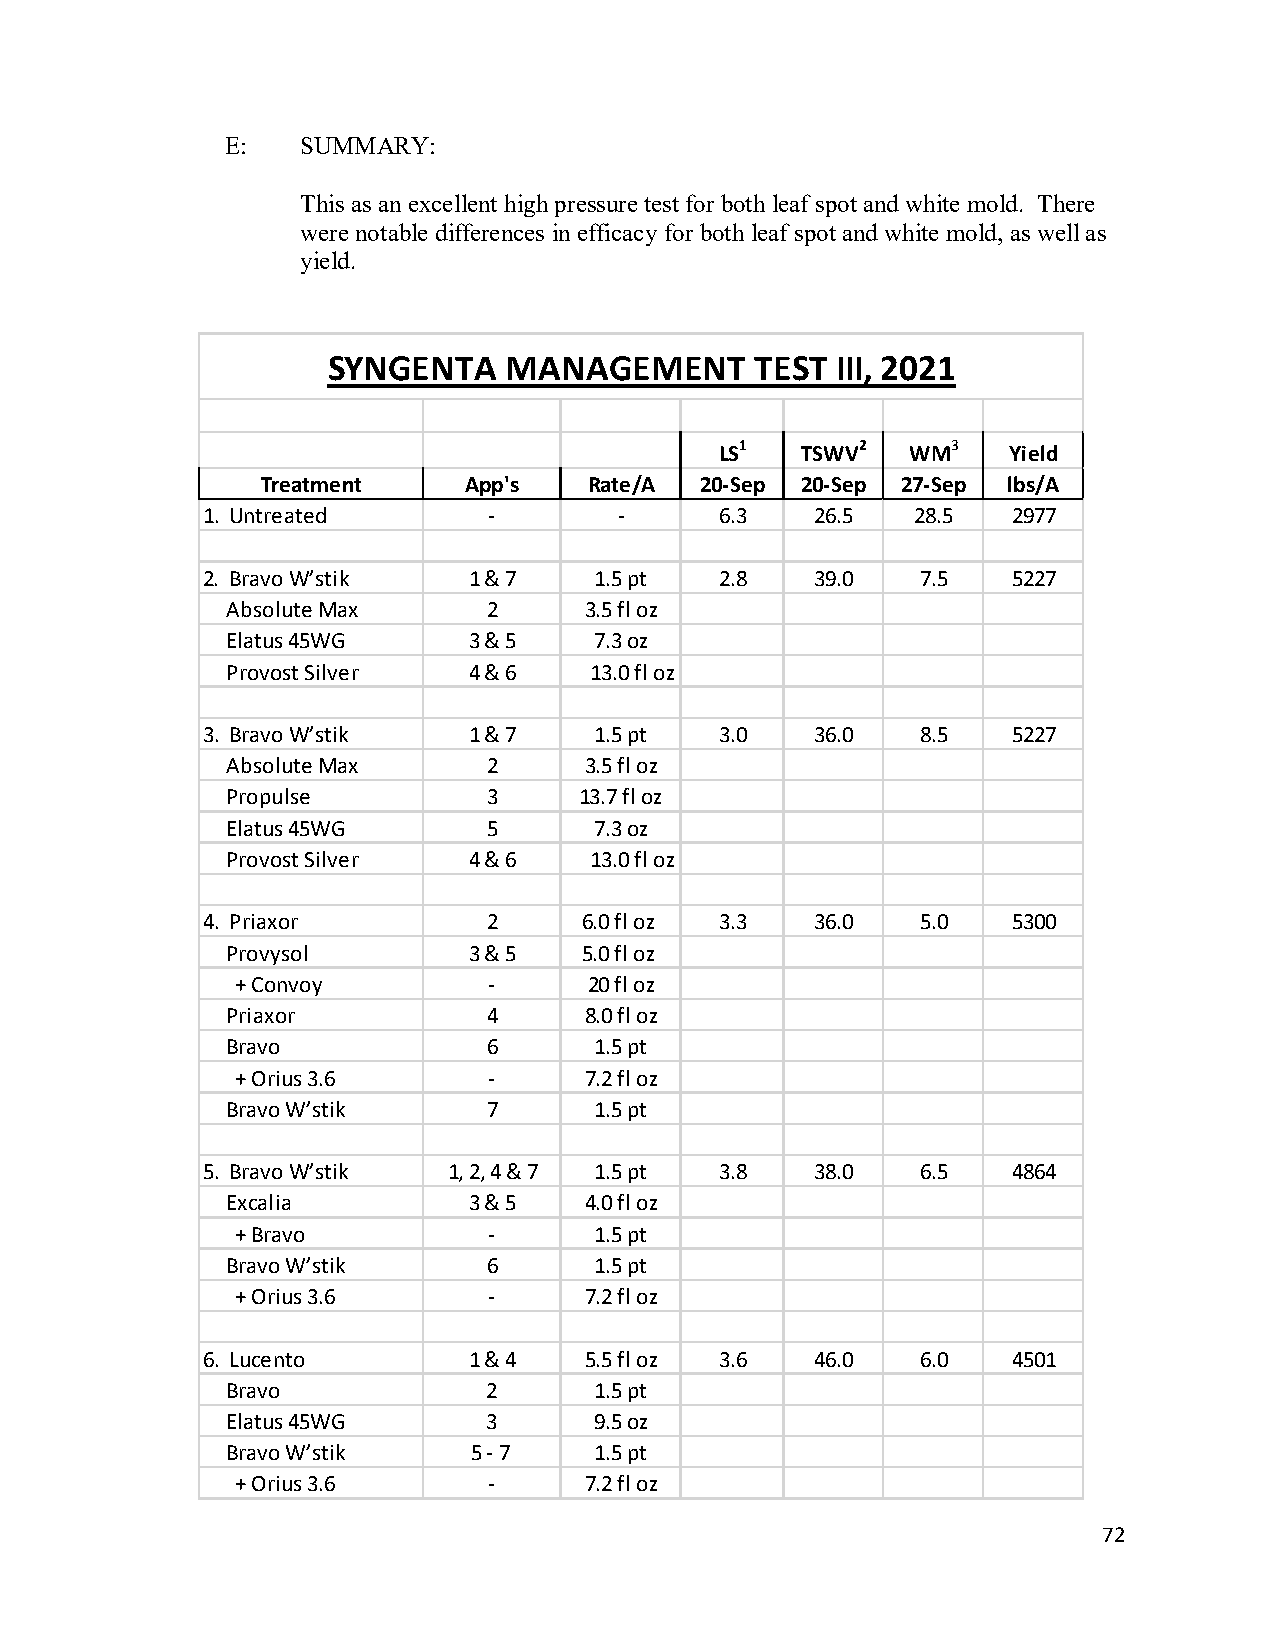
E:   SUMMARY:
 This as an excellent high pressure test for both leaf spot and white mold. There
 were notable differences in efficacy for both leaf spot and white mold, as well as
 yield.
 SYNGENTA   MANAGEMENT       TEST III, 2021
 LS1  TSWV2  WM3    Yield
 Treatment     App's   Rate/A 20-Sep 20-Sep 27-Sep lbs/A
 1. Untreated       -        -      6.3   26.5  28.5   2977
 2. Bravo W’stik   1 & 7   1.5 pt   2.8   39.0   7.5   5227
 Absolute Max     2      3.5 fl oz
 Elatus 45WG     3 & 5   7.3 oz
 Provost Silver  4 & 6   13.0 fl oz
 3. Bravo W’stik   1 & 7   1.5 pt   3.0   36.0   8.5   5227
 Absolute Max     2      3.5 fl oz
 Propulse         3     13.7 fl oz
 Elatus 45WG      5      7.3 oz
 Provost Silver  4 & 6   13.0 fl oz
 4. Priaxor         2      6.0 fl oz 3.3  36.0   5.0   5300
 Provysol        3 & 5   5.0 fl oz
 + Convoy        -      20 fl oz
 Priaxor          4      8.0 fl oz
 Bravo            6      1.5 pt
 + Orius 3.6     -      7.2 fl oz
 Bravo W’stik     7      1.5 pt
 5. Bravo W’stik  1, 2, 4 & 7 1.5 pt 3.8  38.0   6.5   4864
 Excalia         3 & 5   4.0 fl oz
 + Bravo         -      1.5 pt
 Bravo W’stik     6      1.5 pt
 + Orius 3.6     -      7.2 fl oz
 6. Lucento        1 & 4   5.5 fl oz 3.6  46.0   6.0   4501
 Bravo            2      1.5 pt
 Elatus 45WG      3      9.5 oz
 Bravo W’stik    5 - 7   1.5 pt
 + Orius 3.6     -      7.2 fl oz
 72